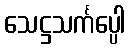
သေဋ္ဌသင်္ကပ္ပေါ